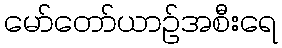
မော်တော်ယာဉ်အစီးရေ